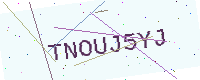
Text: TNOUJ5YJ